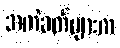
အကဲခတ်များက